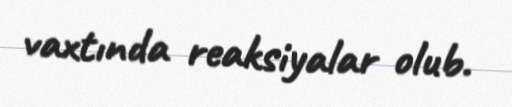
vaxtında reaksiyalar olub.